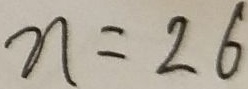
n = 2 6